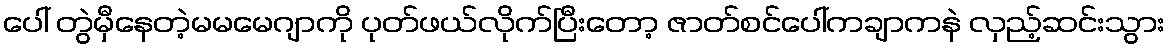
ပေါ် တွဲမှီနေတဲ့မမမေဂျာကို ပုတ်ဖယ်လိုက်ပြီးတော့ ဇာတ်စင်ပေါ်ကချာကနဲ လှည့်ဆင်းသွား